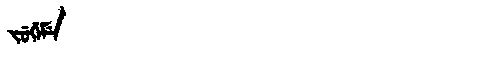
Manchu: ᠵᡠᡤᡝᠮᡝ
Romanization: JUGEME